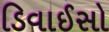
ડિવાઈસો